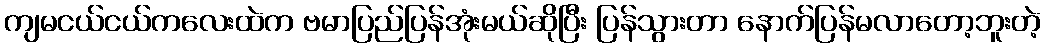
ကျမငယ်ငယ်ကလေးထဲက ဗမာပြည်ပြန်အုံးမယ်ဆိုပြီး ပြန်သွားတာ နောက်ပြန်မလာတော့ဘူးတဲ့